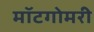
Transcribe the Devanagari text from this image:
मॉटगोमरी